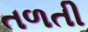
તળતી